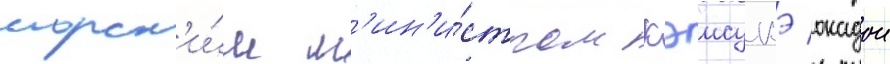
морск'и́м м'ин'и́стром кэисукэ окадои